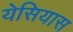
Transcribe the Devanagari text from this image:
येसियास